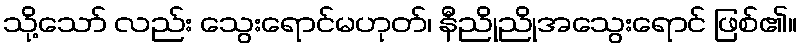
သို့သော် လည်း သွေးရောင်မဟုတ်၊ နီညိုညိုအသွေးရောင် ဖြစ်၏။